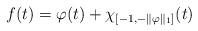
LaTeX: \begin{align*}f(t)=\varphi(t)+\chi_{[-1,-\Vert \varphi\Vert_1]}(t)\end{align*}